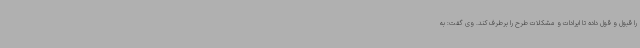
را قبول و قول داده تا ایرادات و مشکلات طرح را برطرف کند. وی گفت: به